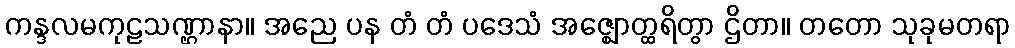
ကန္ဒလမကုဠသဏ္ဌာနာ။ အညေ ပန တံ တံ ပဒေသံ အဇ္ဈောတ္ထရိတွာ ဌိတာ။ တတော သုခုမတရာ